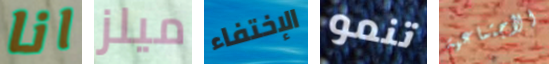
انا ميلز الإختفاء تنمو الأجتماعية